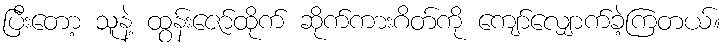
ပြီးတော့ သူနဲ့ ထွန်းဇော်ထိုက် ဆိုက်ကားဂိတ်ကို ကျော်လျှောက်ခဲ့ကြတယ်။